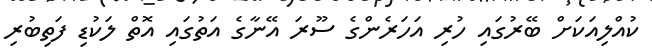
ކުއްލިއަކަށް ބޭރުގައި ހުރި އަހަރެންގެ ސޫރަ އޭނާގެ އަތުގައި އޮތް ލަކުޑި ފަތިބުރި